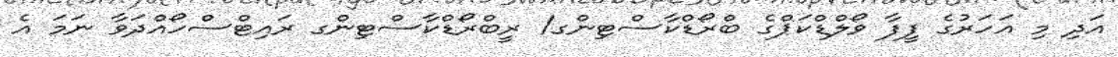
އަދި މި އަހަރުގެ ފީފާ ވޯލްޑްކަޕްގެ ބްރޯޑްކާސްޓިންގ/ ރީބްރޯޑްކާސްޓިންގ ރައިޓްސްހޯއްދަވާ ނަމަ އެ